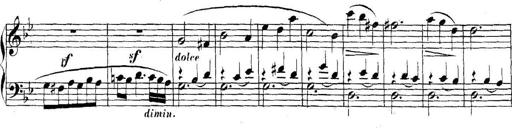
Title: Collected Piano Sonatas
Composer: Muzio Clementi